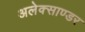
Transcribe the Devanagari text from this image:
अलेक्साण्डर